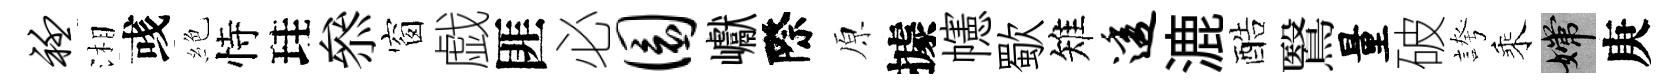
衽湘彧絶恃珪叅窗戯匪必圜巘際原據幰歜雉透漉酷鷖量破誇乘嫦庚